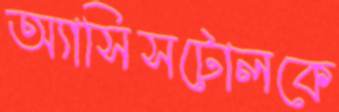
অ্যাসিসটোলকে